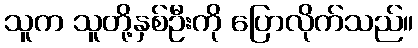
သူက သူတို့နှစ်ဦးကို ပြောလိုက်သည်။